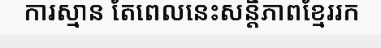
ការស្មាន តែពេលនេះសន្តិភាពខ្មែររក